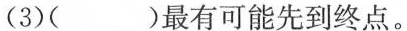
(3) ( )最有可能先到终点。